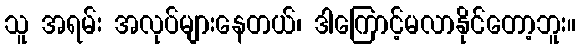
သူ အရမ်း အလုပ်များနေတယ်၊ ဒါကြောင့်မလာနိုင်တော့ဘူး။